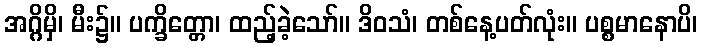
အဂ္ဂိမှိ၊ မီး၌။ ပက္ခိတ္တော၊ ထည့်ခဲ့သော်။ ဒိဝသံ၊ တစ်နေ့ပတ်လုံး။ ပစ္စမာနောပိ၊